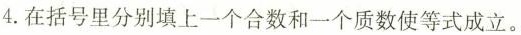
4.在括号里分别填上一个合数和一个质数使等式成立。